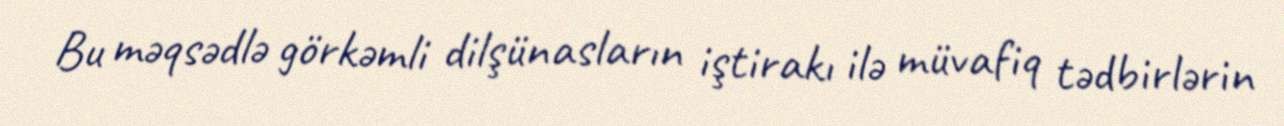
Bu məqsədlə görkəmli dilşünasların iştirakı ilə müvafiq tədbirlərin